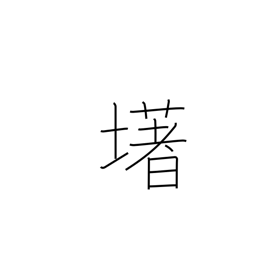
Meaning: (ghost kanji)